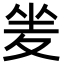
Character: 夎